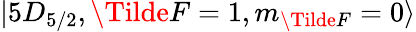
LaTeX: \lvert 5D_{5/2},\Tilde{F}=1,m_{\Tilde{F}}=0\rangle